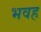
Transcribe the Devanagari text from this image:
भवह